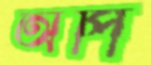
অপি